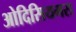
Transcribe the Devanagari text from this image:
ओदिसियमस